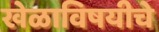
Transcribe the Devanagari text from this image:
खेळाविषयीचे